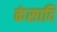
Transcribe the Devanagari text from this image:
कंसादि